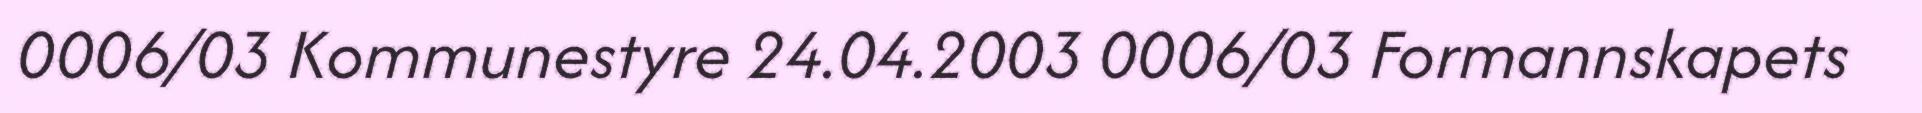
0006/03 Kommunestyre 24.04.2003 0006/03 Formannskapets